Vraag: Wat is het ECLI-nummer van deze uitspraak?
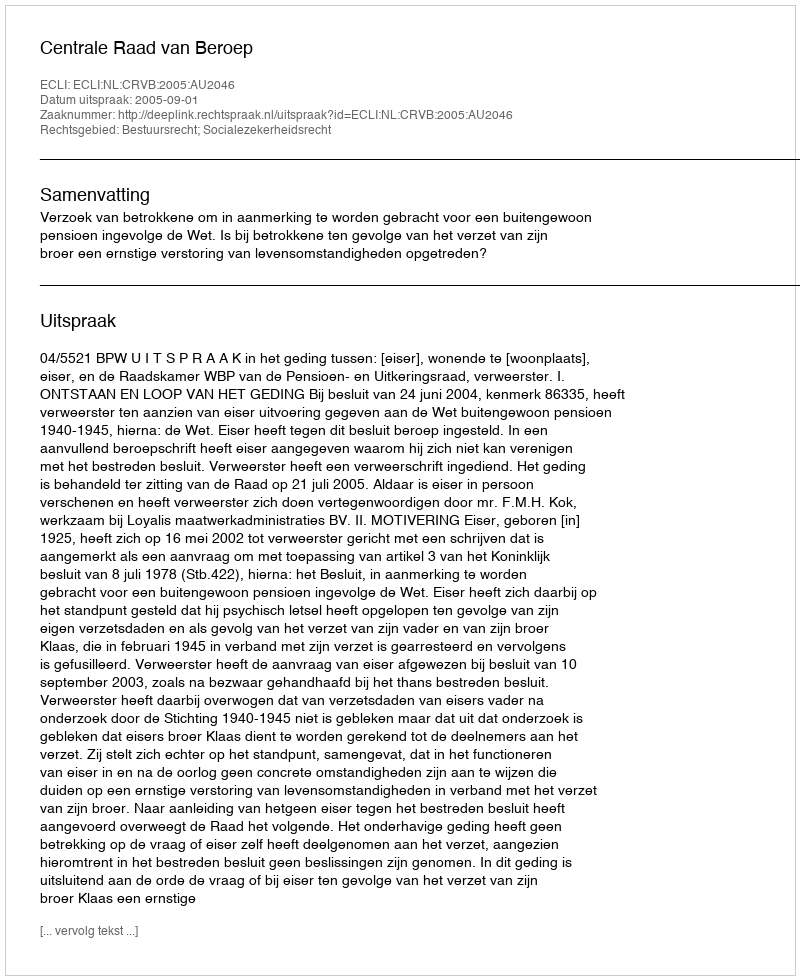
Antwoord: ECLI:NL:CRVB:2005:AU2046